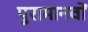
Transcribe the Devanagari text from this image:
पुरामानवों